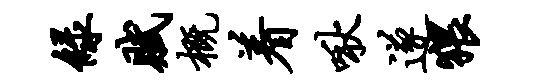
绿赋概着啾遂猥